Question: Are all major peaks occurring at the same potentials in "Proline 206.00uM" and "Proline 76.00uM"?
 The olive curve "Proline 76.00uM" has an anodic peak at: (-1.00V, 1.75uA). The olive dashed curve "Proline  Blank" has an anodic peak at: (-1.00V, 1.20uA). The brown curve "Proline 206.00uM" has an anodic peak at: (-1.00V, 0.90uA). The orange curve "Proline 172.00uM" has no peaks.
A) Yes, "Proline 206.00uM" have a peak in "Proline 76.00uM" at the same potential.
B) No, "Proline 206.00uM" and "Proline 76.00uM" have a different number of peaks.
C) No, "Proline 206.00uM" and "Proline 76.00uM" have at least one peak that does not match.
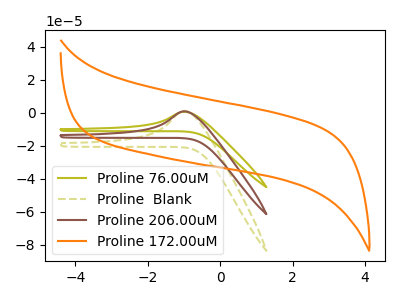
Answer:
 <answer>A) Yes, "Proline 206.00uM" have a peak in "Proline 76.00uM" at the same potential.</answer>
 <eval>A</eval>